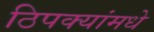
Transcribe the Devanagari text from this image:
ठिपक्यांमधे